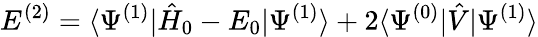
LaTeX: E^{(2)}=\langle\Psi^{(1)}|\hat{H}_{0}-E_{0}|\Psi^{(1)}\rangle+2\langle\Psi^{(0)}|\hat{V}|\Psi^{(1)}\rangle